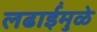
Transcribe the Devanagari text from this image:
लढाईंमुळे